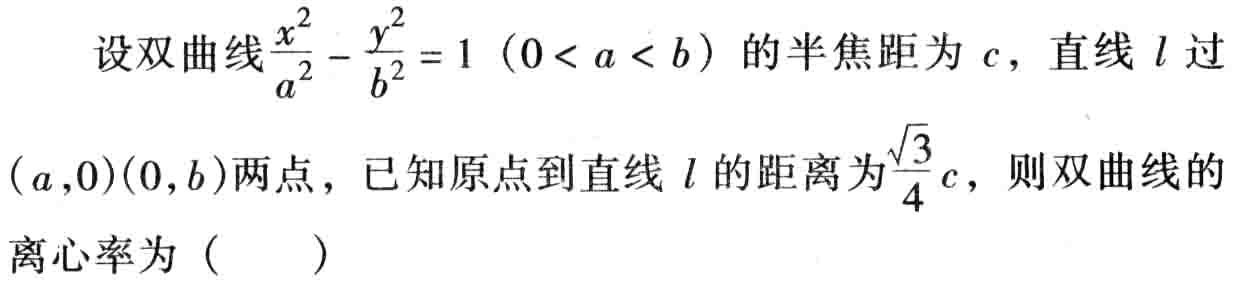
设双曲线$\frac{x^{2}}{a^{2}}-\frac{y^{2}}{b^{2}} = 1（0 < a < b）$的半焦距为$c$，直线$l$过$(a,0)(0,b)$两点，已知原点到直线$l$的距离为$\frac{\sqrt{3}}{4}c$，则双曲线的离心率为（  ）